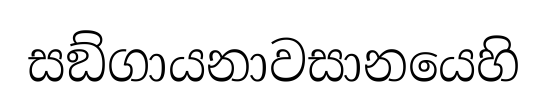
සඞ්ගායනාවසානයෙහි